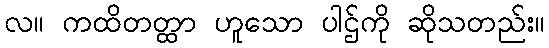
လ။ ကထိတတ္ထာ ဟူသော ပါဌ်ကို ဆိုသတည်း။